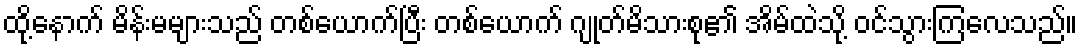
ထို့နောက် မိန်းမများသည် တစ်ယောက်ပြီး တစ်ယောက် ဂျုတ်မိသားစု၏ အိမ်ထဲသို့ ဝင်သွားကြလေသည်။